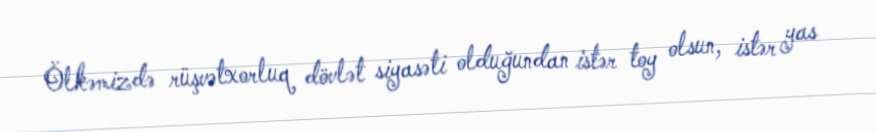
Ölkəmizdə rüşvətxorluq dövlət siyasəti olduğundan istər toy olsun, istər yas